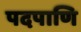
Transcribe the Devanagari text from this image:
पदपाणि